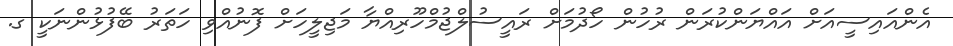
އެންއައިސީއަށް އައްޔަންކުރަން ރުހުން ހޯދުމަށް ރައީސުލްޖުމްހޫރިއްޔާ މަޖިލީހަށް ފޮނުއްވި ހަތަރު ބޭފުޅުންނަކީ ގ.